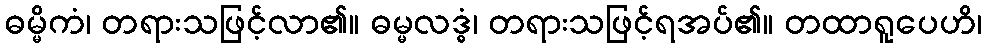
ဓမ္မိကံ၊ တရားသဖြင့်လာ၏။ ဓမ္မလဒ္ဓံ၊ တရားသဖြင့်ရအပ်၏။ တထာရူပေဟိ၊